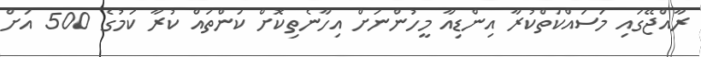
ރާއްޖޭގައި މަސައްކަތްކުރާ އިންޑިއާ މީހުންނަށް އިހާނެތިކޮށް ކަންތައް ކުރާ ކަމުގެ 500 އަށް